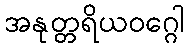
အနုတ္တရိယဝဂ္ဂေါ